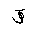
Letter: _qaf